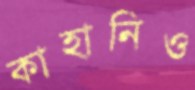
কাহানিও